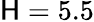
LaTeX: \mathsf{H}=5.5